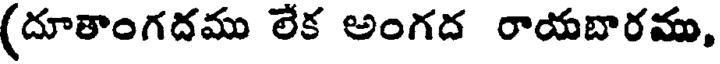
(దూతాంగదము లేక అంగద రాయబారము,